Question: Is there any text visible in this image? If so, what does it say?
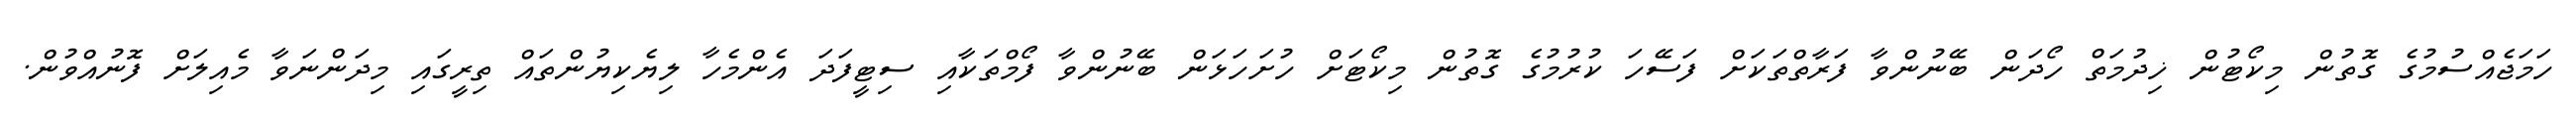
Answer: ހަމަޖެއްސުމުގެ ގޮތުން މިކޯޓުން ޚިދުމަތް ހޯދަން ބޭނުންވާ ފަރާތްތަކަށް ފަސޭހަ ކުރުމުގެ ގޮތުން މިކޯޓަށް ހުށަހަޅަން ބޭނުންވާ ފޯމްތަކާއި ސިޓީފަދަ އެންމެހާ ލިޔެކިޔުންތައް ތިރީގައި މިދަންނަވާ މެއިލަށް ފޮނުއްވުން.